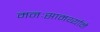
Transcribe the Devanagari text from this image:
मनःसामर्थ्याने